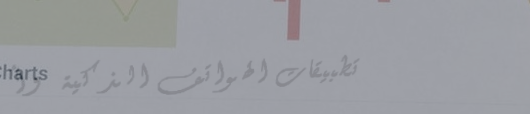
تطبيقات الهواتف الذكية وأ